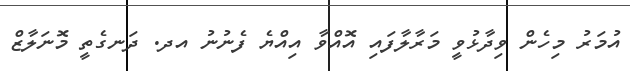
އުމަރު މިހެން ވިދާޅުވީ މަރާލާފައި އޮއްވާ އިއްޔެ ފެނުނު އދ. ދަނގެތީ މޮނަލާޒް